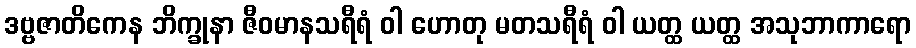
ဒဗ္ဗဇာတိကေန ဘိက္ခုနာ ဇီဝမာနသရီရံ ဝါ ဟောတု မတသရီရံ ဝါ ယတ္ထ ယတ္ထ အသုဘာကာရော